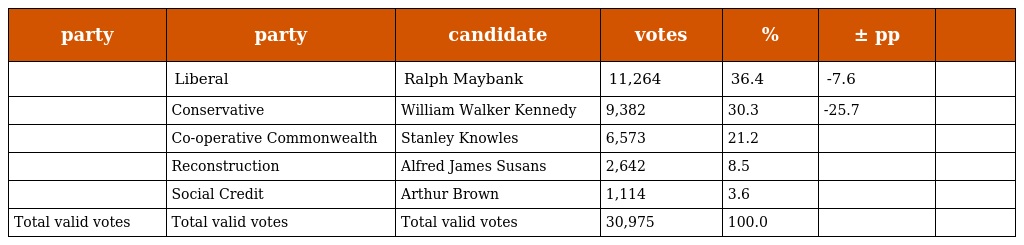
| party | party | candidate | votes | % | ± pp |  |
 | --- | --- | --- | --- | --- | --- | --- |
 |  | Liberal | Ralph Maybank | 11,264 | 36.4 | -7.6 |  |
 |  | Conservative | William Walker Kennedy | 9,382 | 30.3 | -25.7 |  |
 |  | Co-operative Commonwealth | Stanley Knowles | 6,573 | 21.2 |  |  |
 |  | Reconstruction | Alfred James Susans | 2,642 | 8.5 |  |  |
 |  | Social Credit | Arthur Brown | 1,114 | 3.6 |  |  |
 | Total valid votes | Total valid votes | Total valid votes | 30,975 | 100.0 |  |  |